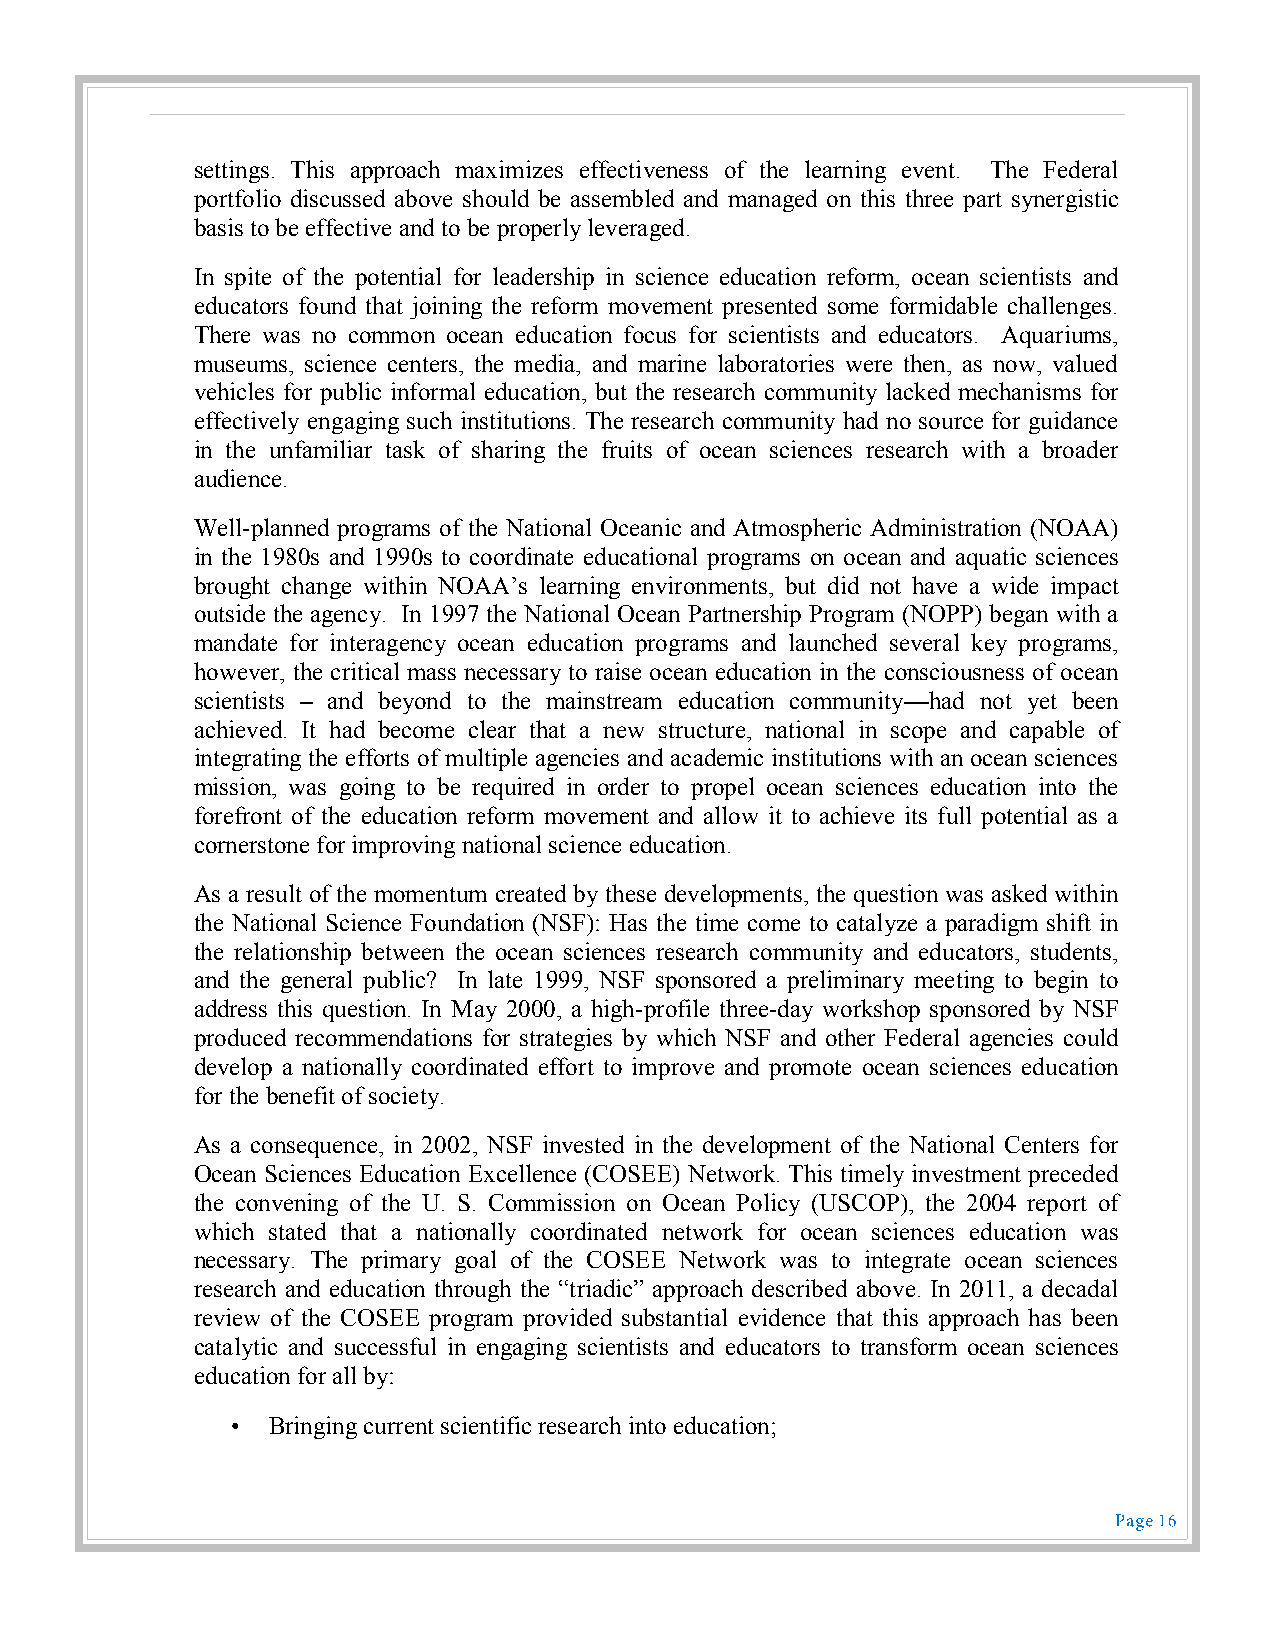
settings. This approach maximizes effectiveness of the learning event. The Federal
 portfolio discussed above should be assembled and managed on this three part synergistic
 basis to be effective and to be properly leveraged.
 In spite of the potential for leadership in science education reform, ocean scientists and
 educators found that joining the reform movement presented some formidable challenges.
 There was no common ocean education focus for scientists and educators. Aquariums,
 museums, science centers, the media, and marine laboratories were then, as now, valued
 vehicles for public informal education, but the research community lacked mechanisms for
 effectively engaging such institutions. The research community had no source for guidance
 in the unfamiliar task of sharing the fruits of ocean sciences research with a broader
 audience.
 Well-planned programs of the National Oceanic and Atmospheric Administration (NOAA)
 in the 1980s and 1990s to coordinate educational programs on ocean and aquatic sciences
 brought change within NOAA’s learning environments, but did not have a wide impact
 outside the agency. In 1997 the National Ocean Partnership Program (NOPP) began with a
 mandate for interagency ocean education programs and launched several key programs,
 however, the critical mass necessary to raise ocean education in the consciousness of ocean
 scientists – and beyond to the mainstream education community—had not yet been
 achieved. It had become clear that a new structure, national in scope and capable of
 integrating the efforts of multiple agencies and academic institutions with an ocean sciences
 mission, was going to be required in order to propel ocean sciences education into the
 forefront of the education reform movement and allow it to achieve its full potential as a
 cornerstone for improving national science education.
 As a result of the momentum created by these developments, the question was asked within
 the National Science Foundation (NSF): Has the time come to catalyze a paradigm shift in
 the relationship between the ocean sciences research community and educators, students,
 and the general public? In late 1999, NSF sponsored a preliminary meeting to begin to
 address this question. In May 2000, a high-profile three-day workshop sponsored by NSF
 produced recommendations for strategies by which NSF and other Federal agencies could
 develop a nationally coordinated effort to improve and promote ocean sciences education
 for the benefit of society.
 As a consequence, in 2002, NSF invested in the development of the National Centers for
 Ocean Sciences Education Excellence (COSEE) Network. This timely investment preceded
 the convening of the U. S. Commission on Ocean Policy (USCOP), the 2004 report of
 which stated that a nationally coordinated network for ocean sciences education was
 necessary. The primary goal of the COSEE Network was to integrate ocean sciences
 research and education through the “triadic” approach described above. In 2011, a decadal
 review of the COSEE program provided substantial evidence that this approach has been
 catalytic and successful in engaging scientists and educators to transform ocean sciences
 education for all by:
 •  Bringing current scientific research into education;